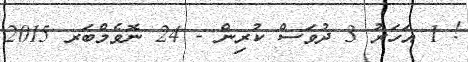
! 1 އަހަރު 3 ދުވަސް ކުރިން - 24 ނޮވެމްބަރ 2015